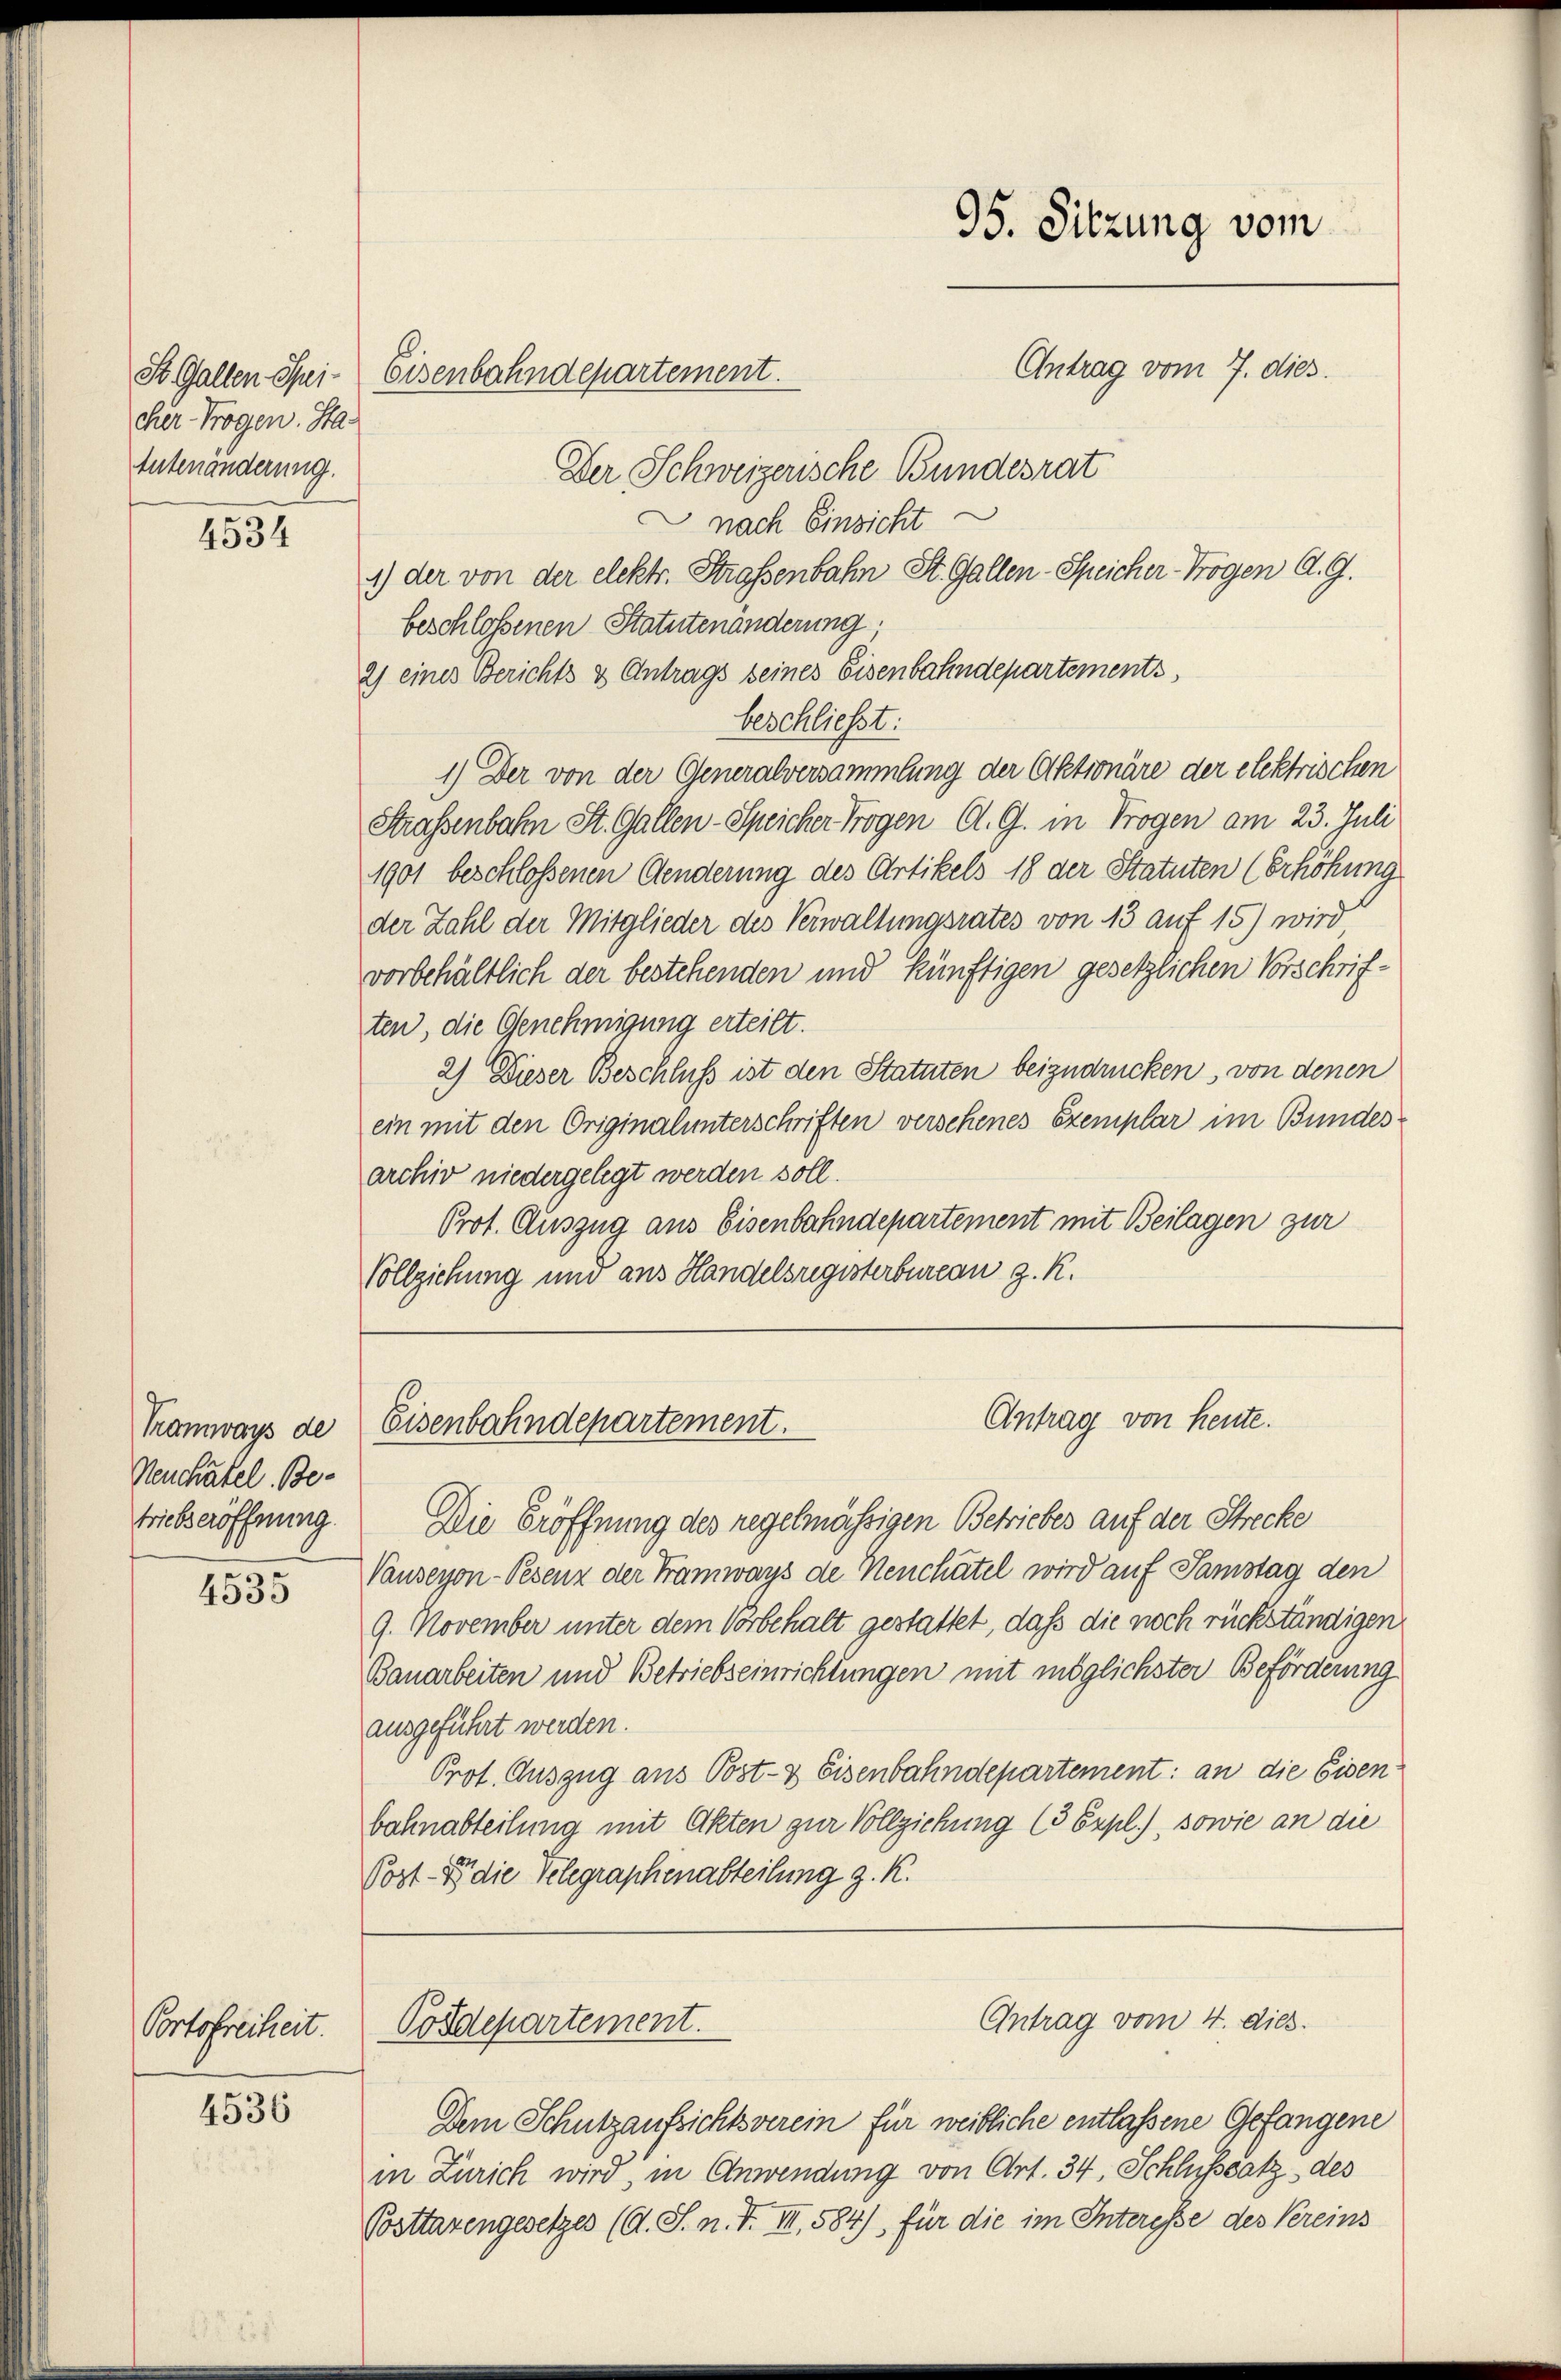
St. Gallen Spicher Trogen. Sta-
tutenanderung.

4534

Tramways de
Neuchatel. Be-
triebseröffnung.

4535

Portofreiheit.

4536

Der Schweizerische Bundesrat
nach Einsicht
1) der von der elektr. Strassenbahn St. Gallen-Speicher-Trogen A. G.
beschloßenen Statutenänderung,
2) eines Berichts & Antrags seines Eisenbahndepartements,
beschließt:
1.) Der von der Generalversammlung der Aktionäre der elektrischen
Straßenbahn St. Gallen-Speicher Trogen A. G. in Trogen am 23. Juli
1901 beschlossenen Aenderung des Artikels 18 der Statuten (Erhöhung
der Zahl der Mitglieder des Verwaltungsrates von 13 auf 15) wird
vorbehältlich der bestehenden und künftigen gesetzlichen Vorschriften, die Genehmigung erteilt.
2) Dieser Beschluß ist den Statuten beizudrücken, von denen
ein mit den Originalunterschriften verschenes Exemplar im Bundes
archiv niedergelegt werden soll.
Prot. Auszug aus Eisenbahndepartement mit Beilagen zur
Vollziehung und aus Handelsregisterbureau z. R.

Eisenbahndepartement.

Die Eröffnung des regelmässigen Betriebes auf der Strecke
Vauseyon-Pesenz der Tramways de Neuchatel wird auf Samstag den
9. November unter dem Vorbehalt gestattet, daß die noch rückständigen
Bauarbeiten und Betriebseinrichtungen mit möglichster Beförderung
ausgeführt werden.
Prot. Auszug aus Post- & Eisenbahndepartement: an die Eisen
bahnabteilung mit Akten zur Vollziehung (3 Expl.), sowie an die
Post - die Telegraphenabteilung z. K.

95. Sitzung vom
Antrag vom 7. dies

Antrag von heute.
Eisenbahndepartement.

Posdepartement.

Antrag vom 4. dies.

Dem Schutzaufsichtsverein für weibliche entlassene Gefangene
in Zürich wird, in Anwendung von Art. 34, Schlußsatz des
Posttarengesetzes (A. S. n. F. III, 584), für die im Interesse des Vereins